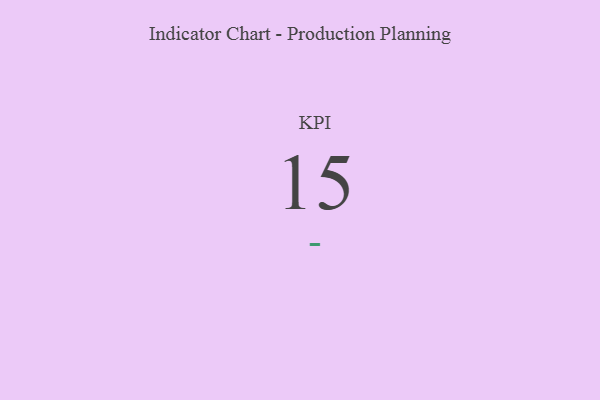
{"axis": {"x": "KPI", "y": "Value"}, "legend": [""], "data": [{"x": "KPI", "y": 15, "type": ""}]}